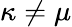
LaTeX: \kappa\neq\mu